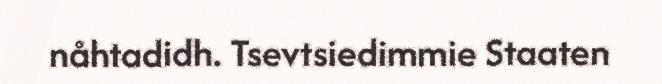
nåhtadidh. Tsevtsiedimmie Staaten